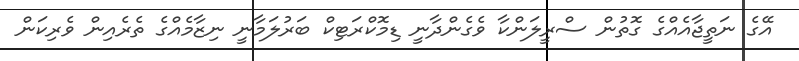
އޭގެ ނަތީޖާއެއްގެ ގޮތުން ސްރީލަންކާ ވެގެންދާނީ ޑިމޮކްރަޓިކް ބަރުލަމާނީ ނިޒާމެއްގެ ތެރެއިން ވެރިކަން